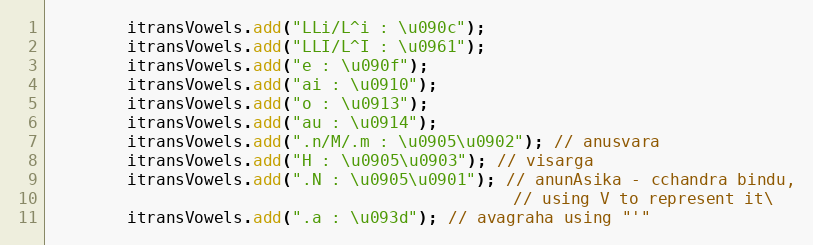
Language: Java
        itransVowels.add("LLi/L^i : \u090c");
        itransVowels.add("LLI/L^I : \u0961");
        itransVowels.add("e : \u090f");
        itransVowels.add("ai : \u0910");
        itransVowels.add("o : \u0913");
        itransVowels.add("au : \u0914");
        itransVowels.add(".n/M/.m : \u0905\u0902"); // anusvara
        itransVowels.add("H : \u0905\u0903"); // visarga
        itransVowels.add(".N : \u0905\u0901"); // anunAsika - cchandra bindu,
                                                // using V to represent it\
        itransVowels.add(".a : \u093d"); // avagraha using "'"